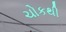
ચોકથી